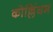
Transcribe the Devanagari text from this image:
कोल्लिंघम